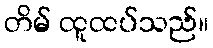
တိမ် ထူထပ်သည်။